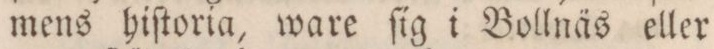
mens hiſtoria, ware ſig i Bollnäs eller